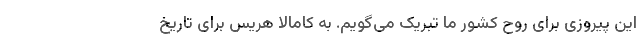
این پیروزی برای روح کشور ما تبریک می‌گویم. به کامالا هریس برای تاریخ